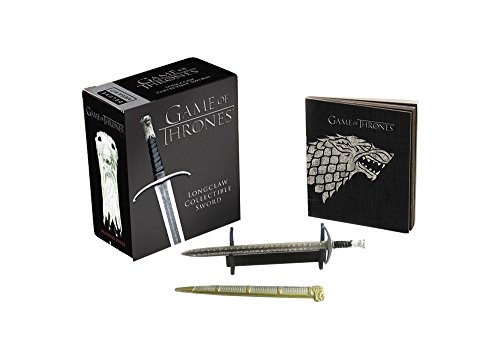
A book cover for Game of Thrones: Longclaw Collectible Sword; Humor & Entertainment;